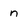
Character: n